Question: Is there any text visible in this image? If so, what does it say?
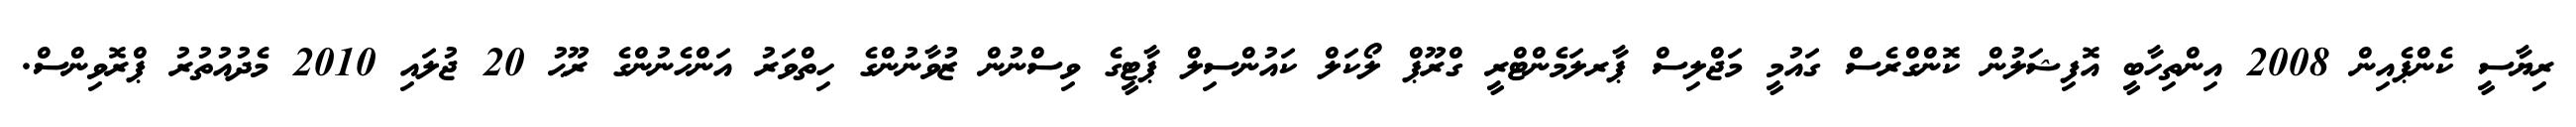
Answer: ރިޔާސީ ކެންޕެއިން 2008 އިންތިހާބީ އޮފިޝަލުން ކޮންގްރެސް ގައުމީ މަޖްލިސް ޕާރލަމެންޓްރީ ގްރޫޕް ލޯކަލް ކައުންސިލް ޕާޓީގެ ވިސްނުން ޒުވާނުންގެ ހިތްވަރު އަންހެނުންގެ ރޫޙު 20 ޖުލައި 2010 މެދުއުތުރު ޕްރޮވިންސް.